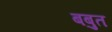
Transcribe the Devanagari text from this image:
बबुत